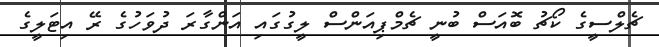
ޗެލްސީގެ ކޯޗު ބޮއަސް ބުނީ ޗެމްޕިއަންސް ލީގުގައި އަންގާރަ ދުވަހުގެ ރޭ އިޓަލީގެ